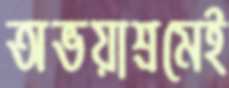
অভয়াশ্রমেই